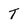
Character: T